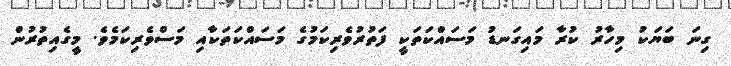
ގިނަ ބަޔަކު މިހާރު ކުރާ މައިގަނޑު މަސައްކަތަކީ ފަތުރުވެރިކަމުގެ މަސައްކަތަކާއި މަސްވެރިކަމެވެ. މީގެއިތުރުން